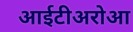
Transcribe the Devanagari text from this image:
आईटीअरोआ